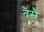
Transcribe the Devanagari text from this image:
तैसै